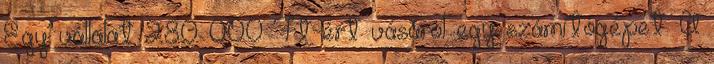
Egy vállalat 280 000 Ft-ért vásárol egy számítógépet. A